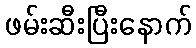
ဖမ်းဆီးပြီးနောက်